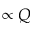
\propto Q